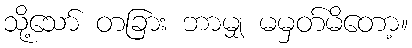
သို့သော် တခြား ဘာမျှ မမှတ်မိတော့။